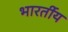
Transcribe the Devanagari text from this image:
भारर्तीय